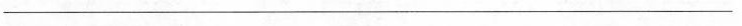
\underline